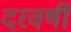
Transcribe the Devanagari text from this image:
दरवर्षी